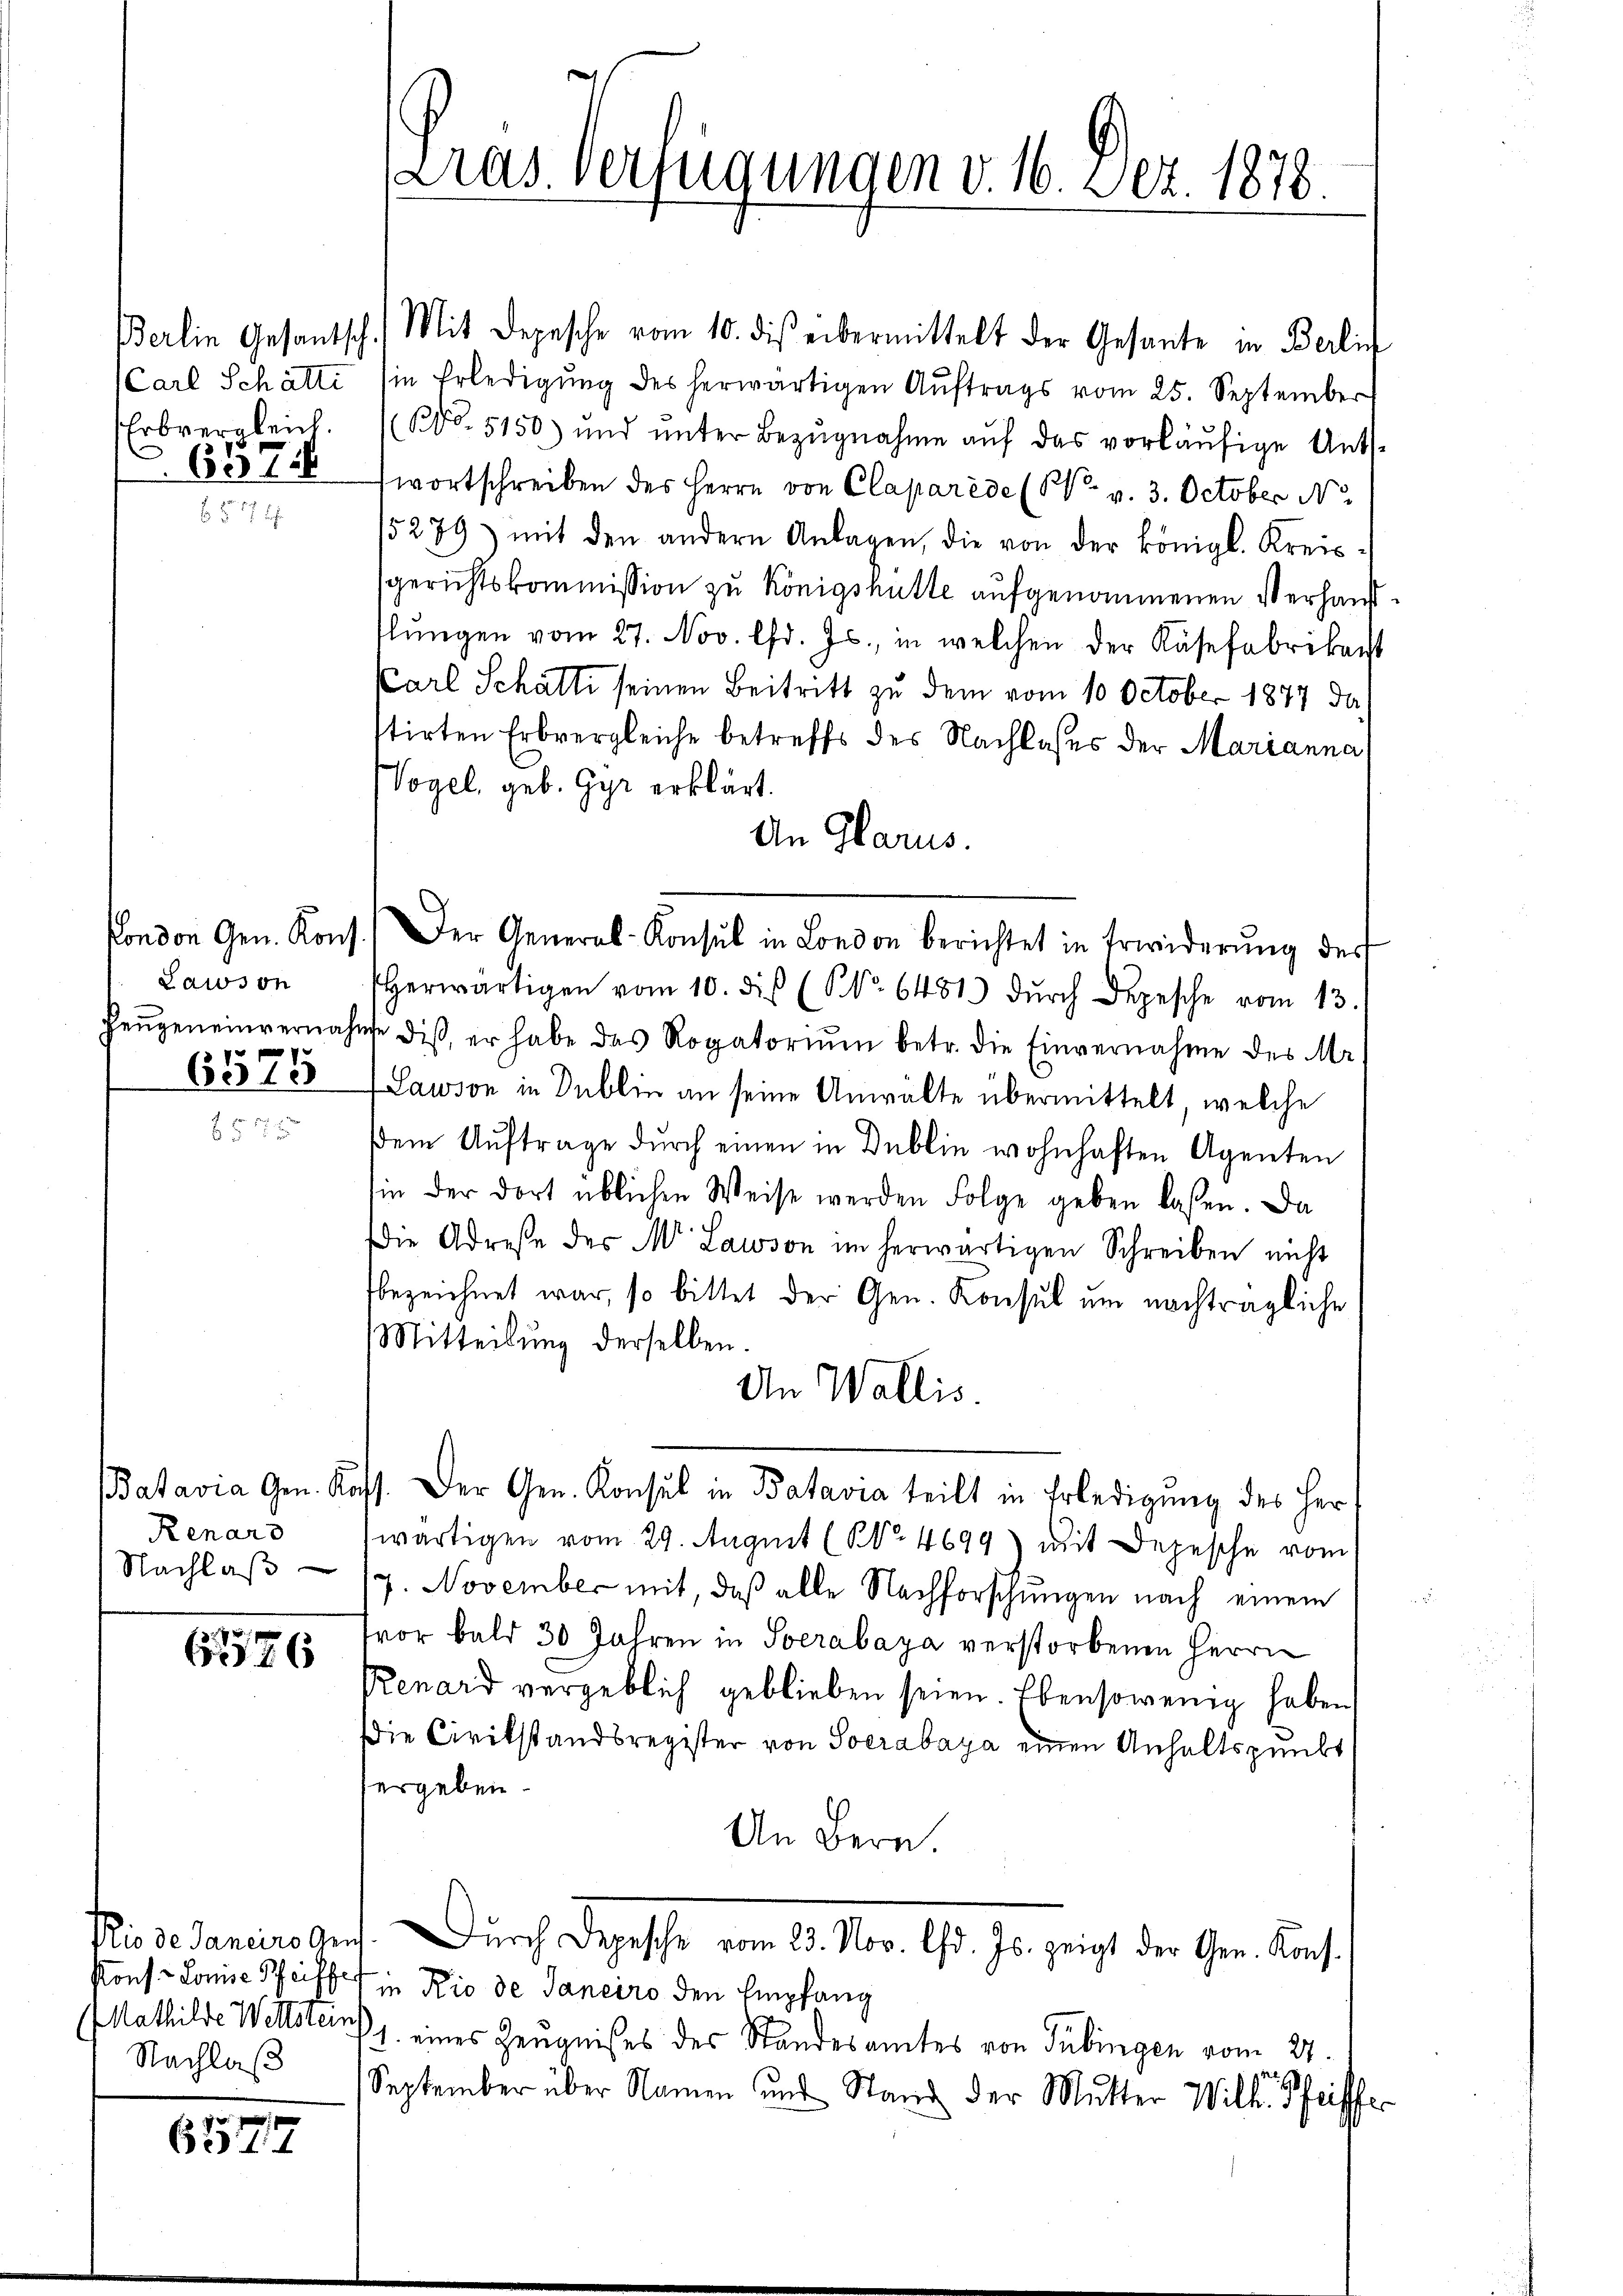
Carl Schätti
Erbvergleich.
6375

Lawson

6575

Batavia Gen. K
Renars
Nachlaβ

626

Mathilde Wettstein
Nachlaß

6577

Kras. Verfügungen v. 16. Dez. 1878.

Berlin Gesantsch. Mit Depesche vom 10. diβ übermittelt der Gesante in Berlic
in Erledigŭng des herwärtigen Aŭftrags vom 25. September
NNo. 5150) und ŭnter Bezŭgnahme aŭf das vorläŭfige Ants-
wortschreiben des Herrn von Claparéde (Vo v. 3. October No
15279) mit den andern Anlagen, die von der königl. Kreissgerichtskommission zu Königshütte aufgenommenen Verhausflŭngen vom 27. Nov. lfd. Js., in welchen der Käsefabrikant
Carl Schatte seinen Beitritt zu dem vom 10. October 1877 das
stirten Erbvergleiche betreffs des Nachlasses der Marianna,
Vogel, geb. Gyr erklärt.
An Glarus.
Kondon Gen. Kons.) Der General-Konsul in London berichtet in Erwiderŭng des
Herwärtigen vom 10. diß (NNo. 6481 dŭrch Depesche vom 13.
Heŭgeneinvernahme diβ er habe das Rogatoriŭm betr. die Einvernahme des Me
Lawson in Dublin an seine Anwälte übermittelt, welche
dem Auftrage durch einen in Deblie wohnhaften Agenten
hin der dort üblichen Weise werden Folge geben laßen. Da
Die Adresse des Mor Lawson im herwärtigen Schreiben nicht
bezeichnet war, so bittet der Gen. Konsul um nachträgliche
Mitteilŭng derselben.
An Wallis
off. Der Gen. Konsul in Batavia teilt in Erledigung des Her
wärtigen vom 29. August (NNo. 4699) mit Depesche vom
7. November mit, daß alle Nachforschungen nach einem
tor bald 30 Jahren in Socrabaya verstorbenen Herrn
Renard vergeblich geblieben seien. Ebensowenig haben
ie Civilstandsregister von Socrabaya einen Anhaltspunkt
vergeben.
An Bern.
Rio dedaninoget. Durch Depesche vom 23. Nov. 15. Js. zeigt der Germ. Kon¬
Kons. Lonie Pfeiffe in Rio de Janeiro den Empfang
1. eines Zeugnißes des Standesamtes von Tübingen vom 27.
September über Namen und Stand der Mutter Wilh. Pfeiffer